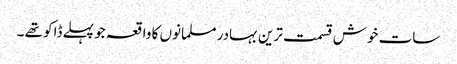
سات خوش قسمت ترین بہادر مسلمانوں کا واقعہ جو پہلے ڈاکو تھے ۔